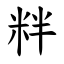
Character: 䉽